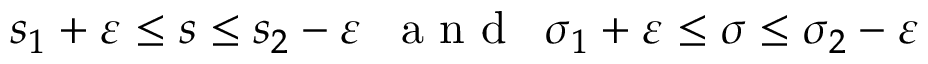
s _ { 1 } + \varepsilon \leq s \leq s _ { 2 } - \varepsilon \, \ \mathrm { ~ a ~ n ~ d ~ } \, \ \sigma _ { 1 } + \varepsilon \leq \sigma \leq \sigma _ { 2 } - \varepsilon